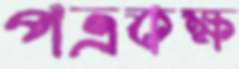
পত্রকক্ষ